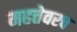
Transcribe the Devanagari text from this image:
महत्तेवरच